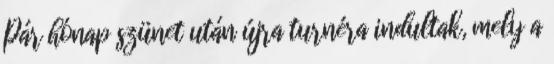
Pár hónap szünet után újra turnéra indultak, mely a